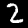
Digit: 2